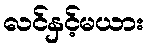
လင်နှင့်မယား